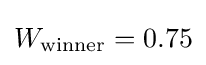
W_{\text{winner}}=0.75